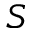
S